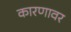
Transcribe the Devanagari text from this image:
कारणावर